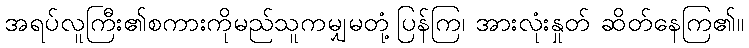
အရပ်လူကြီး၏စကားကိုမည်သူကမျှမတုံ့ပြန်ကြ၊ အားလုံးနှုတ် ဆိတ်နေကြ၏။